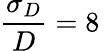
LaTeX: \frac{\sigma_{D}}{D}=8\, \